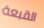
القبعة